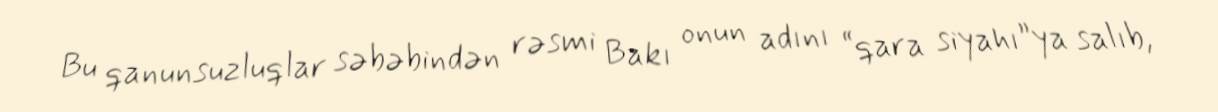
Bu qanunsuzluqlar səbəbindən rəsmi Bakı onun adını “qara siyahı”ya salıb,